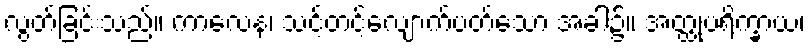
လွတ်ခြင်းသည်။ ကာလေန၊ သင့်တင့်လျောက်ပတ်သော အခါ၌။ အတ္ထုပရိက္ခာယ၊